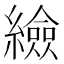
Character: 䌞